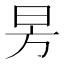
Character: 昘